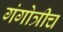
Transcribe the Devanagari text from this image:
गंगोत्रीच